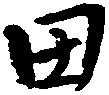
田